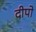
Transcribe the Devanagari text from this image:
दीपो